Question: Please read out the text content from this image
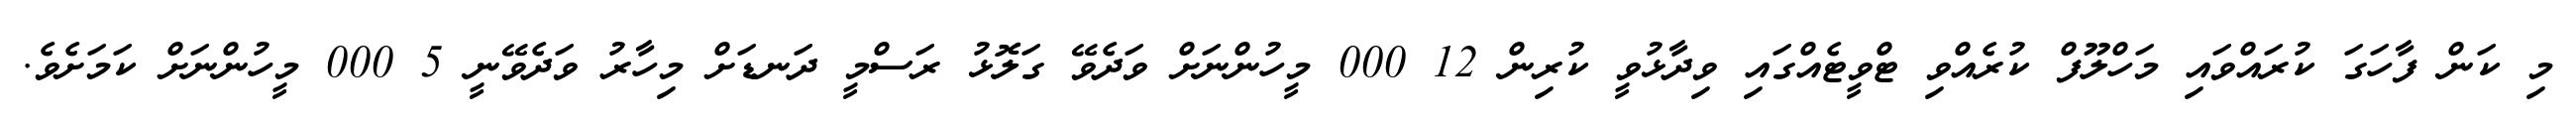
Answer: މި ކަން ފާހަގަ ކުރައްވައި މަހްލޫފް ކުރެއްވި ޓްވީޓެއްގައި ވިދާޅުވީ ކުރިން 12 000 މީހުންނަށް ވަދެވޭ ގަލޮޅު ރަސްމީ ދަނޑަށް މިހާރު ވަދެވޭނީ 5 000 މީހުންނަށް ކަމަށެވެ.